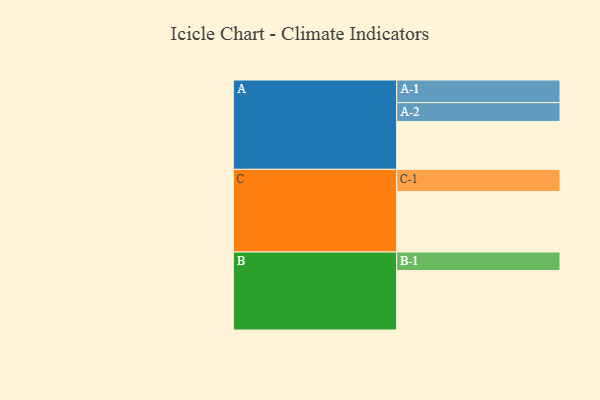
{"axis": {"x": "Segment", "y": "Value"}, "legend": ["", "A", "B", "C"], "data": [{"x": "A", "y": 438, "type": ""}, {"x": "B", "y": 543, "type": ""}, {"x": "C", "y": 553, "type": ""}, {"x": "A-1", "y": 207, "type": "A"}, {"x": "A-2", "y": 172, "type": "A"}, {"x": "B-1", "y": 170, "type": "B"}, {"x": "C-1", "y": 203, "type": "C"}]}